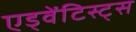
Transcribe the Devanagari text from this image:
एड्वेंटिस्ट्स